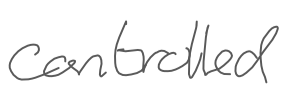
Text: controlled
Cross-out: clean
Writing tool: digital_gray